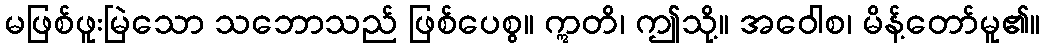
မဖြစ်ဖူးမြဲသော သဘောသည် ဖြစ်ပေစွ။ ဣတိ၊ ဤသို့။ အဝေါစ၊ မိန့်တော်မူ၏။